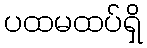
ပထမထပ်ရှိ